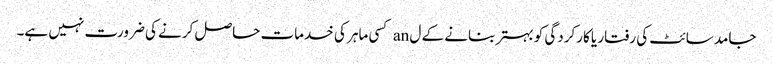
جامد سائٹ کی رفتار یا کارکردگی کو بہتر بنانے کے ل an کسی ماہر کی خدمات حاصل کرنے کی ضرورت نہیں ہے۔